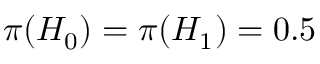
\textstyle \pi ( H _ { 0 } ) = \pi ( H _ { 1 } ) = 0 . 5